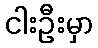
ငါးဦးမှာ